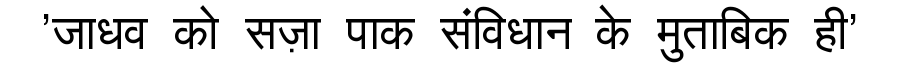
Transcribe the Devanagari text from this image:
'जाधव को सज़ा पाक संविधान के मुताबिक ही'